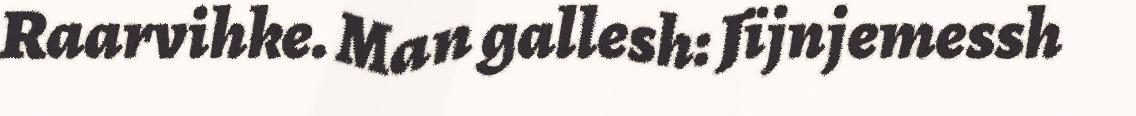
Raarvihke. Man gallesh: Jïjnjemessh